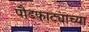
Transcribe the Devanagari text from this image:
पौडफाट्याच्या